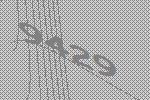
9429